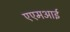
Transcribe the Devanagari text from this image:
एएमआई